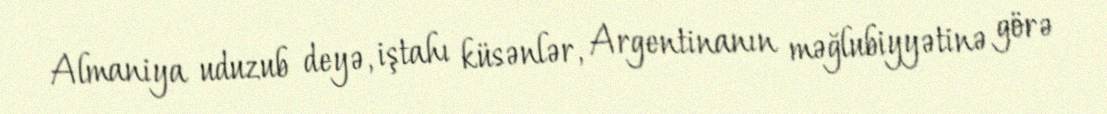
Almaniya uduzub deyə, iştahı küsənlər, Argentinanın məğlubiyyətinə görə